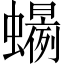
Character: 𲀍